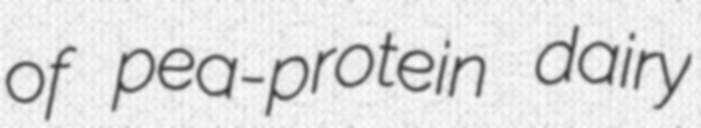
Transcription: of pea-protein dairy